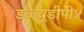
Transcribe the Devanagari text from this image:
डब्ल्यूडीपी४